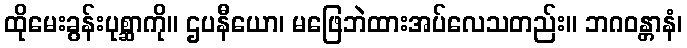
ထိုမေးခွန်းပုစ္ဆာကို။ ဌပနီယော၊ မဖြေဘဲထားအပ်လေသတည်း။ ဘဂဝန္တာနံ၊